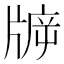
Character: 𤗙